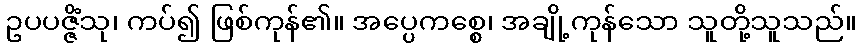
ဥပပဇ္ဇိံသု၊ ကပ်၍ ဖြစ်ကုန်၏။ အပ္ပေကစ္စေ၊ အချို့ကုန်သော သူတို့သူသည်။